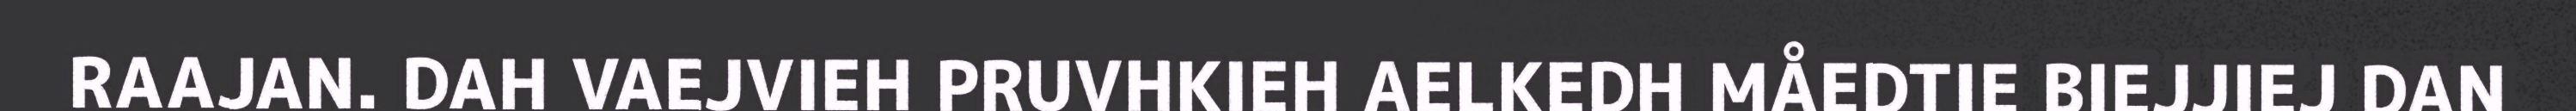
RAAJAN. DAH VAEJVIEH PRUVHKIEH AELKEDH MÅEDTIE BIEJJIEJ DAN